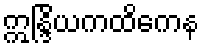
ဣန္ဒြိယကထိကေန